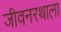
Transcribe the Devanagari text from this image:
जीवनरथाला